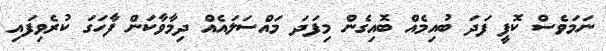
ނަމަވެސް ކޮފީ ފަދަ ބުއިމެއް ބޮއިގެން މިފަދަ މައްސަލައެއް ދިމާވާކަން ފާހަގަ ކުރެވިފައި